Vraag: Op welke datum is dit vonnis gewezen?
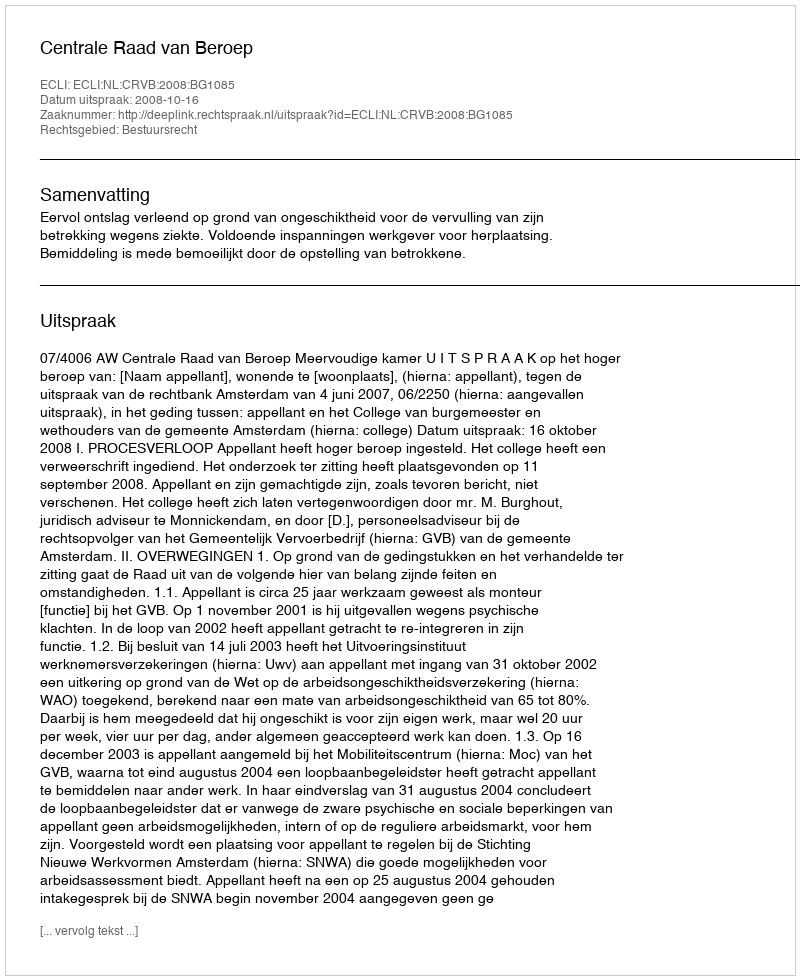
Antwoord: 2008-10-16